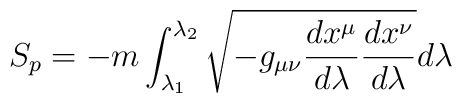
S_p =-m\int_{\lambda_1}^{\lambda_2}\sqrt{-g_{\mu\nu}\frac{dx^\mu}{d\lambda}   \frac{dx^\nu}{d\lambda}}d\lambda